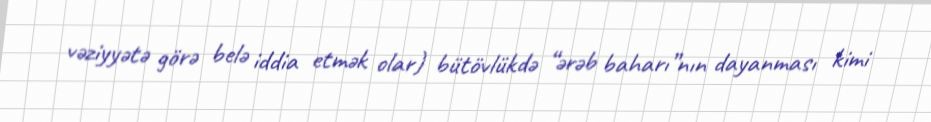
vəziyyətə görə belə iddia etmək olar) bütövlükdə “ərəb baharı”nın dayanması kimi